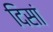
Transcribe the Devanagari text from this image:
दिसां